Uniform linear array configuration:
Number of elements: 4
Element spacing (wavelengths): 1
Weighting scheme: kaiser
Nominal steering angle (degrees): -15
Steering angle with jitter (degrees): -15.7
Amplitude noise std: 0.05
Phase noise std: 0.05

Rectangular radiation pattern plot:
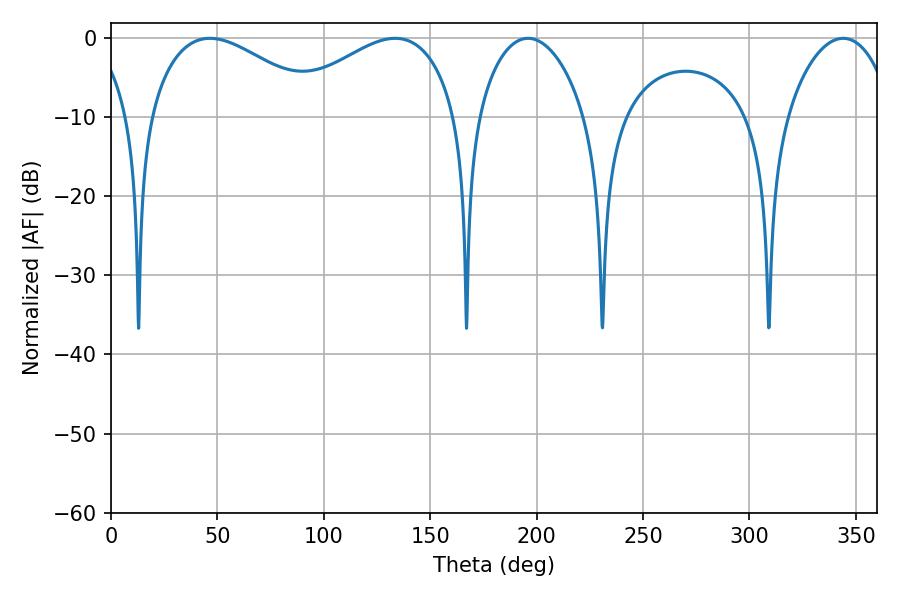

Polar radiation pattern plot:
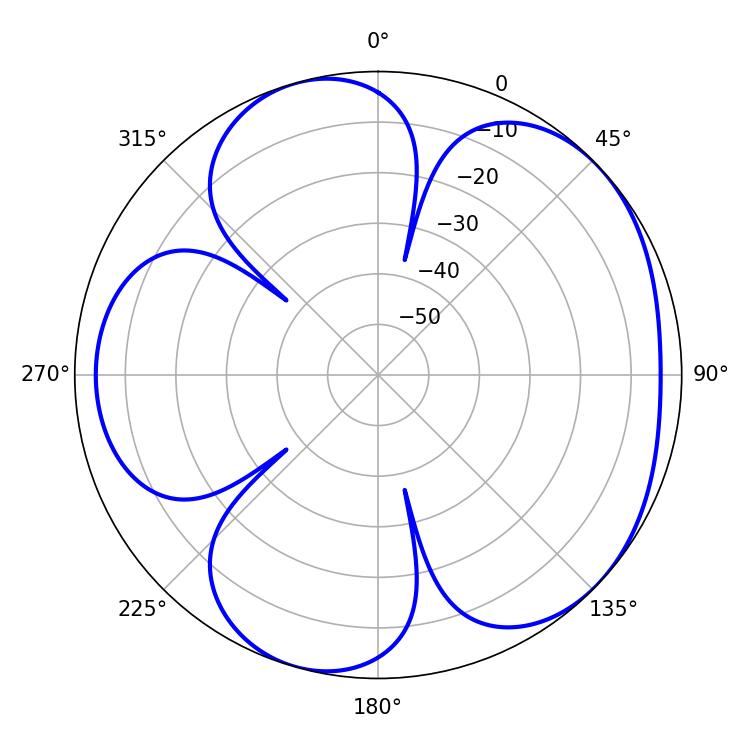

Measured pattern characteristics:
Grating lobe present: TRUE
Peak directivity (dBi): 4.86
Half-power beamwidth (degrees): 45
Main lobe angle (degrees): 46.44